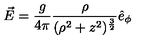
\vec { E } = \frac { g } { 4 \pi } \frac { \rho } { ( \rho ^ { 2 } + z ^ { 2 } ) ^ { \frac { 3 } { 2 } } } \hat { e } _ { \phi }